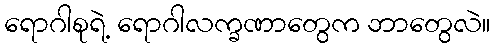
ရောဂါစုရဲ့ ရောဂါလက္ခဏာတွေက ဘာတွေလဲ။